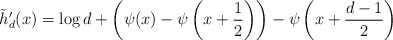
\begin{align*}\tilde{h}_d'(x) = \log d + \left(\psi(x) - \psi\left(x+\frac12\right)\right) - \psi\left(x + \frac{d-1}{2}\right)\end{align*}